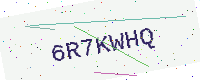
Text: 6R7KWHQ